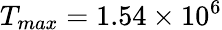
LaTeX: T_{max}=1.54\times 10^{6}